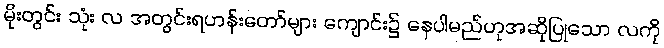
မိုးတွင်း သုံး လ အတွင်းရဟန်းတော်များ ကျောင်း၌ နေပါမည်ဟုအဆိုပြုသော လကို